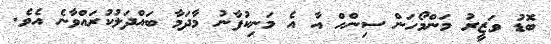
ބޮޑު ވަޒީރު މަންމޯހަން ސިންހް އާ އެ މަނިކުފާނު މާދަމާ ބައްދަލުކުރައްވާނެ އެވެ.